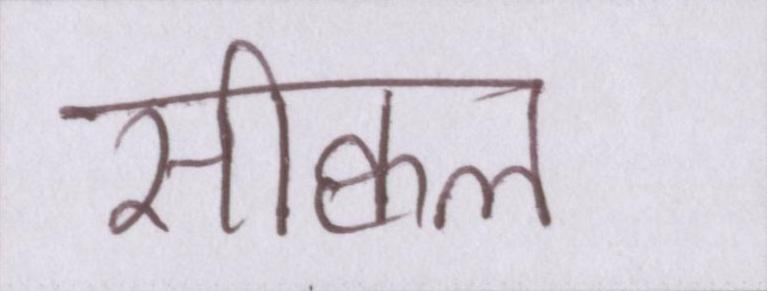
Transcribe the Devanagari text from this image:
सीक्वल